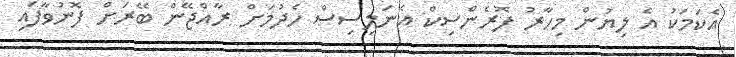
އެކަމަކު އެ ލިޔުން މިހާރު ފޮރެންސިކް އެނަލިސިސް ހެދުމަށް ރާއްޖޭން ބޭރަށް ފޮނުވާފައި